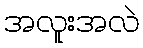
အလူးအလဲ